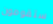
ستقومون